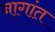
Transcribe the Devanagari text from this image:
नागांत